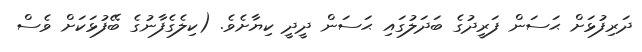
ދަރިފުޅަށް ޙަސަން ފަރީދުގެ ބަދަލުގައި ޙަސަން ދީދީ ކިޔާށެވެ. (ކިލެގެފާނުގެ ބޭފުޅަކަށް ވެސް